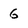
Character: 6